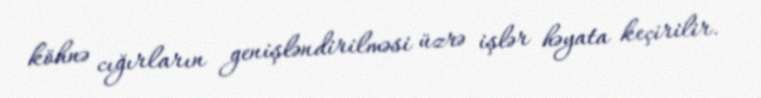
köhnə cığırların genişləndirilməsi üzrə işlər həyata keçirilir.